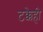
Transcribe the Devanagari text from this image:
टक्केही